Report on vaccination in Madras 1922-1929 - 1922-1929
Year: 1922
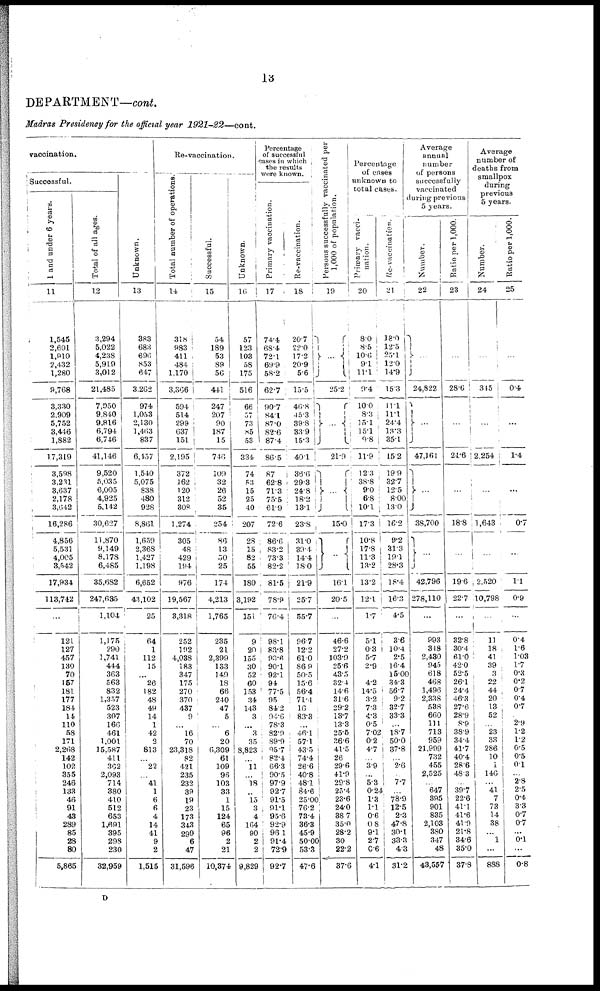
13
DEPARTMENT—cont.
Madras Presidency for the official year 1921-22—cont.
vaccination.
Successful.
1 and under 6 years.
11
1,545
2,601
1,910
2,432
1,280
9,768
3,330
2,909
5,752
3,446
1,882
17,319
3,598
3,231
3,637
2,178
3,642
16,286
4,856
5,531
4,005
3,542
17,934
113,742
...
121
127
457
130
70
157
184
177
184
14
110
58
171
2,268
142
102
355
246
133
46
91
43
289
85
28
80
5,865
Total of all ages.
12
3,294
5,022
4,238
5,919
3,012
21,485
7,950
9,840
9,816
6,794
6,746
41,146
9,520
5,035
6,005
4,925
5,142
30,627
11,870
9,149
8,178
6,485
35,682
247,635
1,104
1,175
290
1,741
444
363
563
832
1,357
523
307
166
461
1,001
15,587
411
362
2,093
714
380
410
512
653
1,691
395
298
230
32,959
Unknown.
13
383
683
696
853
647
3.262
974
1,053
2,130
1,463
837
6,157
1,540
5,075
838
480
928
8,861
1,659
2,368
1,427
1,198
6,652
43,102
25
64
1
112
15
...
26
182
48
49
14
1
42
2
813
...
22
...
41
1
6
6
4
14
41
9
2
1,515
Re-vaccination.
Total number of Operations.
14
318
983
411
484
1,170
3,366
594
514
299
637
151
2,195
372
162
120
312
308
1,274
305
48
429
194
976
19,567
3,318
252
192
4,038
183
347
175
270
370
437
9
...
16
70
23,318
82
421
235
232
39
19
23
173
343
299
6
47
31,596
Successful.
15
54
189
53
89
56
441
247
207
90
187
15
746
109
32
26
52
35
254
86
13
50
25
174
4,213
1,765
235
21
2,399
133
149
18
66
240
47
5
...
6
20
6,309
61
109
96
103
33
1
15
124
65
96
2
21
10,374
Unknown.
l6
57
123
103
58
175
516
66
57
73
85
53
334
74
53
15
25
40
207
28
15
82
55
180
3,192
151
9
20
155
30
52
60
153
34
143
3
...
3
35
8,823
...
11
...
18
..
15
3
4
164
90
2
2
9,829
Percentage
of successful
cases in which
the results
were known.
Primary vaccination.
17
74.4
68.4
72.1
69.9
58.2
62.7
90.7
84.1
87.0
82.6
87.4
86.5
87
62.8
71.3
75.5
61.9
72.6
86.6
83.2
73.3
82.2
81.5
78.9
76·4
98.1
83.8
93·6
90.1
92.1
94
77.5
95
84.2
94.6
78.3
82.9
89.9
95.7
82.4
66.3
90.5
97.9
92.7
91.5
91.1
95.6
92.9
96.1
91·4
72.9
92.7
Re-vaccination.
18
20.7
22.0
17.2
20.9
5.6
15.5
46.8
45.3
39.8
33.9
15.3
40.1
36·6
29.3
24.8
18.2
13.1
23.8
31.0
39.4
14.4
18.0
21.9
25.7
55.7
96.7
12.2
61.0
86.0
50.5
15.6
56.4
71.4
16
83.3
...
46.1
57.1
43.5
74.4
26.6
40.8
48.1
84.6
25.00
76.2
73.4
36.3
45.9
50.00
53.3
47.6
Persons successfully vaccinated per
1,000 of population.
19
...
25.2
...
21.9
...
15.0
...
16.1
20.5
...
46.6
27.2
103.9
25.6
43.5
32.4
14.6
31.6
29.2
13.7
13.3
25.6
36.6
41.5
26
29.6
41.9
29.8
25.4
23·6
24.0
38.7
35.0
28·2
30
22.2
37.6
Percentage
of cases
unknown to
total cases.
Primary vacci-
nation.
20
8.0
8.5
10.6
9.1
11.1
9.4
10.0
8.3
15.1
15.1
9.8
11.9
12.3
38.8
9.0
6.8
10.1
17.3
10.8
17.8
11.3
13.2
13.2
12.1
1.7
5.1
0.3
5.7
2.9
4.2
14.5
3.2
7.3
4.3
0.5
7.02
0.2
4.7
...
3.9
...
5.3
0.24
1.3
1.1
0.6
0.8
9.1
2.7
0.6
4.1
Re-vaccination.
21
18.0
12.5
25.1
12.0
14.9
15.3
11.1
11·l
24.4
13.3
35.1
15.2
19.9
32.7
12.5
8.00
13.0
16.2
9.2
31.3
19.1
28.3
18.4
16.3
4.5
3.6
10.4
2.5
16.4
15.00
34.3
56.7
9.2
32.7
33.3
...
18.7
50.0
37.8
...
2.6
...
7.7
...
78.9
12.5
2.3
47.8
30·l
33.3
4.3
31.2
Average
annual
number
of persons
successfully
vaccinated
during previous
5 years.
Number.
22
...
24,822
...
47,161
...
38,700
...
42,796
278,110
...
993
348
2,430
945
618
468
1,496
2,338
538
660
111
713
959
21,999
732
455
2,525
...
647
395
901
835
2,103
380
347
48
43,557
Ratio per 1,000.
23
...
28.6
...
24.6
...
18.8
...
19.6
22.7
...
32.8
30.4
61.0
42.0
52.5
26.1
24.4
46.3
27.6
28.9
8.9
38.9
34.4
41.7
40.4
28.6
48.3
...
39.7
22.6
41.1
41.6
41.9
21·8
34.6
35.0
37.8
Average
number of
deaths from
smallpox
during
previous
5 years.
Number.
24
...
345
...
2,254
...
1,643
...
2,520
10,798
...
11
18
41
39
3
22
44
20
13
52
...
23
33
286
10
1
146
...
41
7
73
14
38
... 1
...
888
Ratio per 1,000.
25
...
0.4
...
1.4
...
0.7
...
1.1
0.9
...
0.4
1.6
1.03
1.7
0.3
0.2
0.7
0.4
0.7
2·9
1.2
1.2
0.5
0.5
0.1
...
2.8
2.5
0.4
3.3
0.7
0.7
... 0.1
...
0.8
D